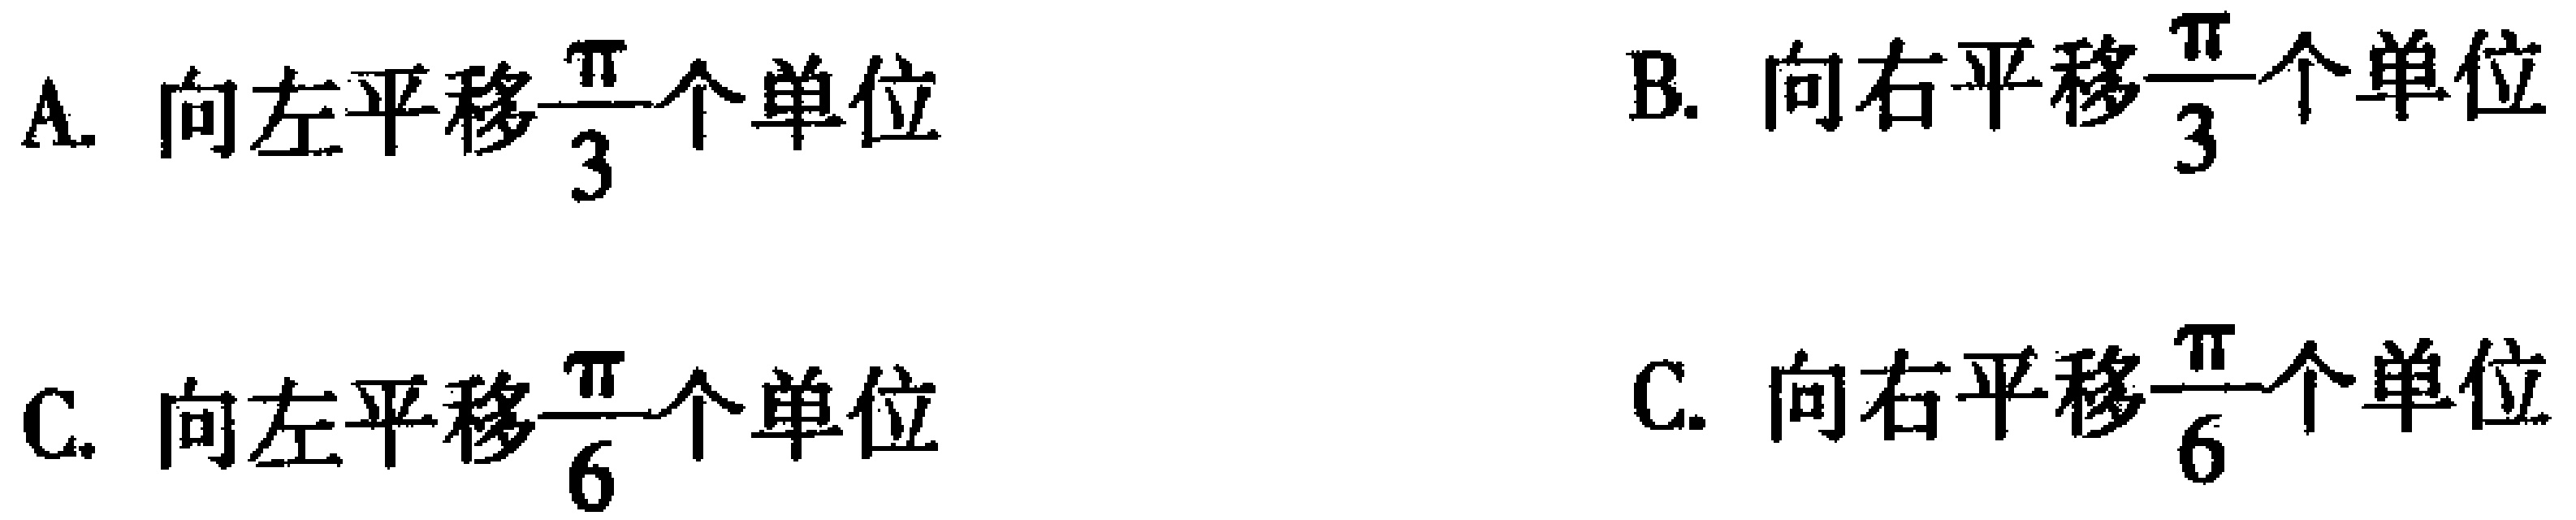
A. 向左平移$\frac{\pi}{3}$个单位
B. 向右平移$\frac{\pi}{3}$个单位
C. 向左平移$\frac{\pi}{6}$个单位
C. 向右平移$\frac{\pi}{6}$个单位